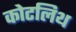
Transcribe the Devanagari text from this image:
कोटलिथ